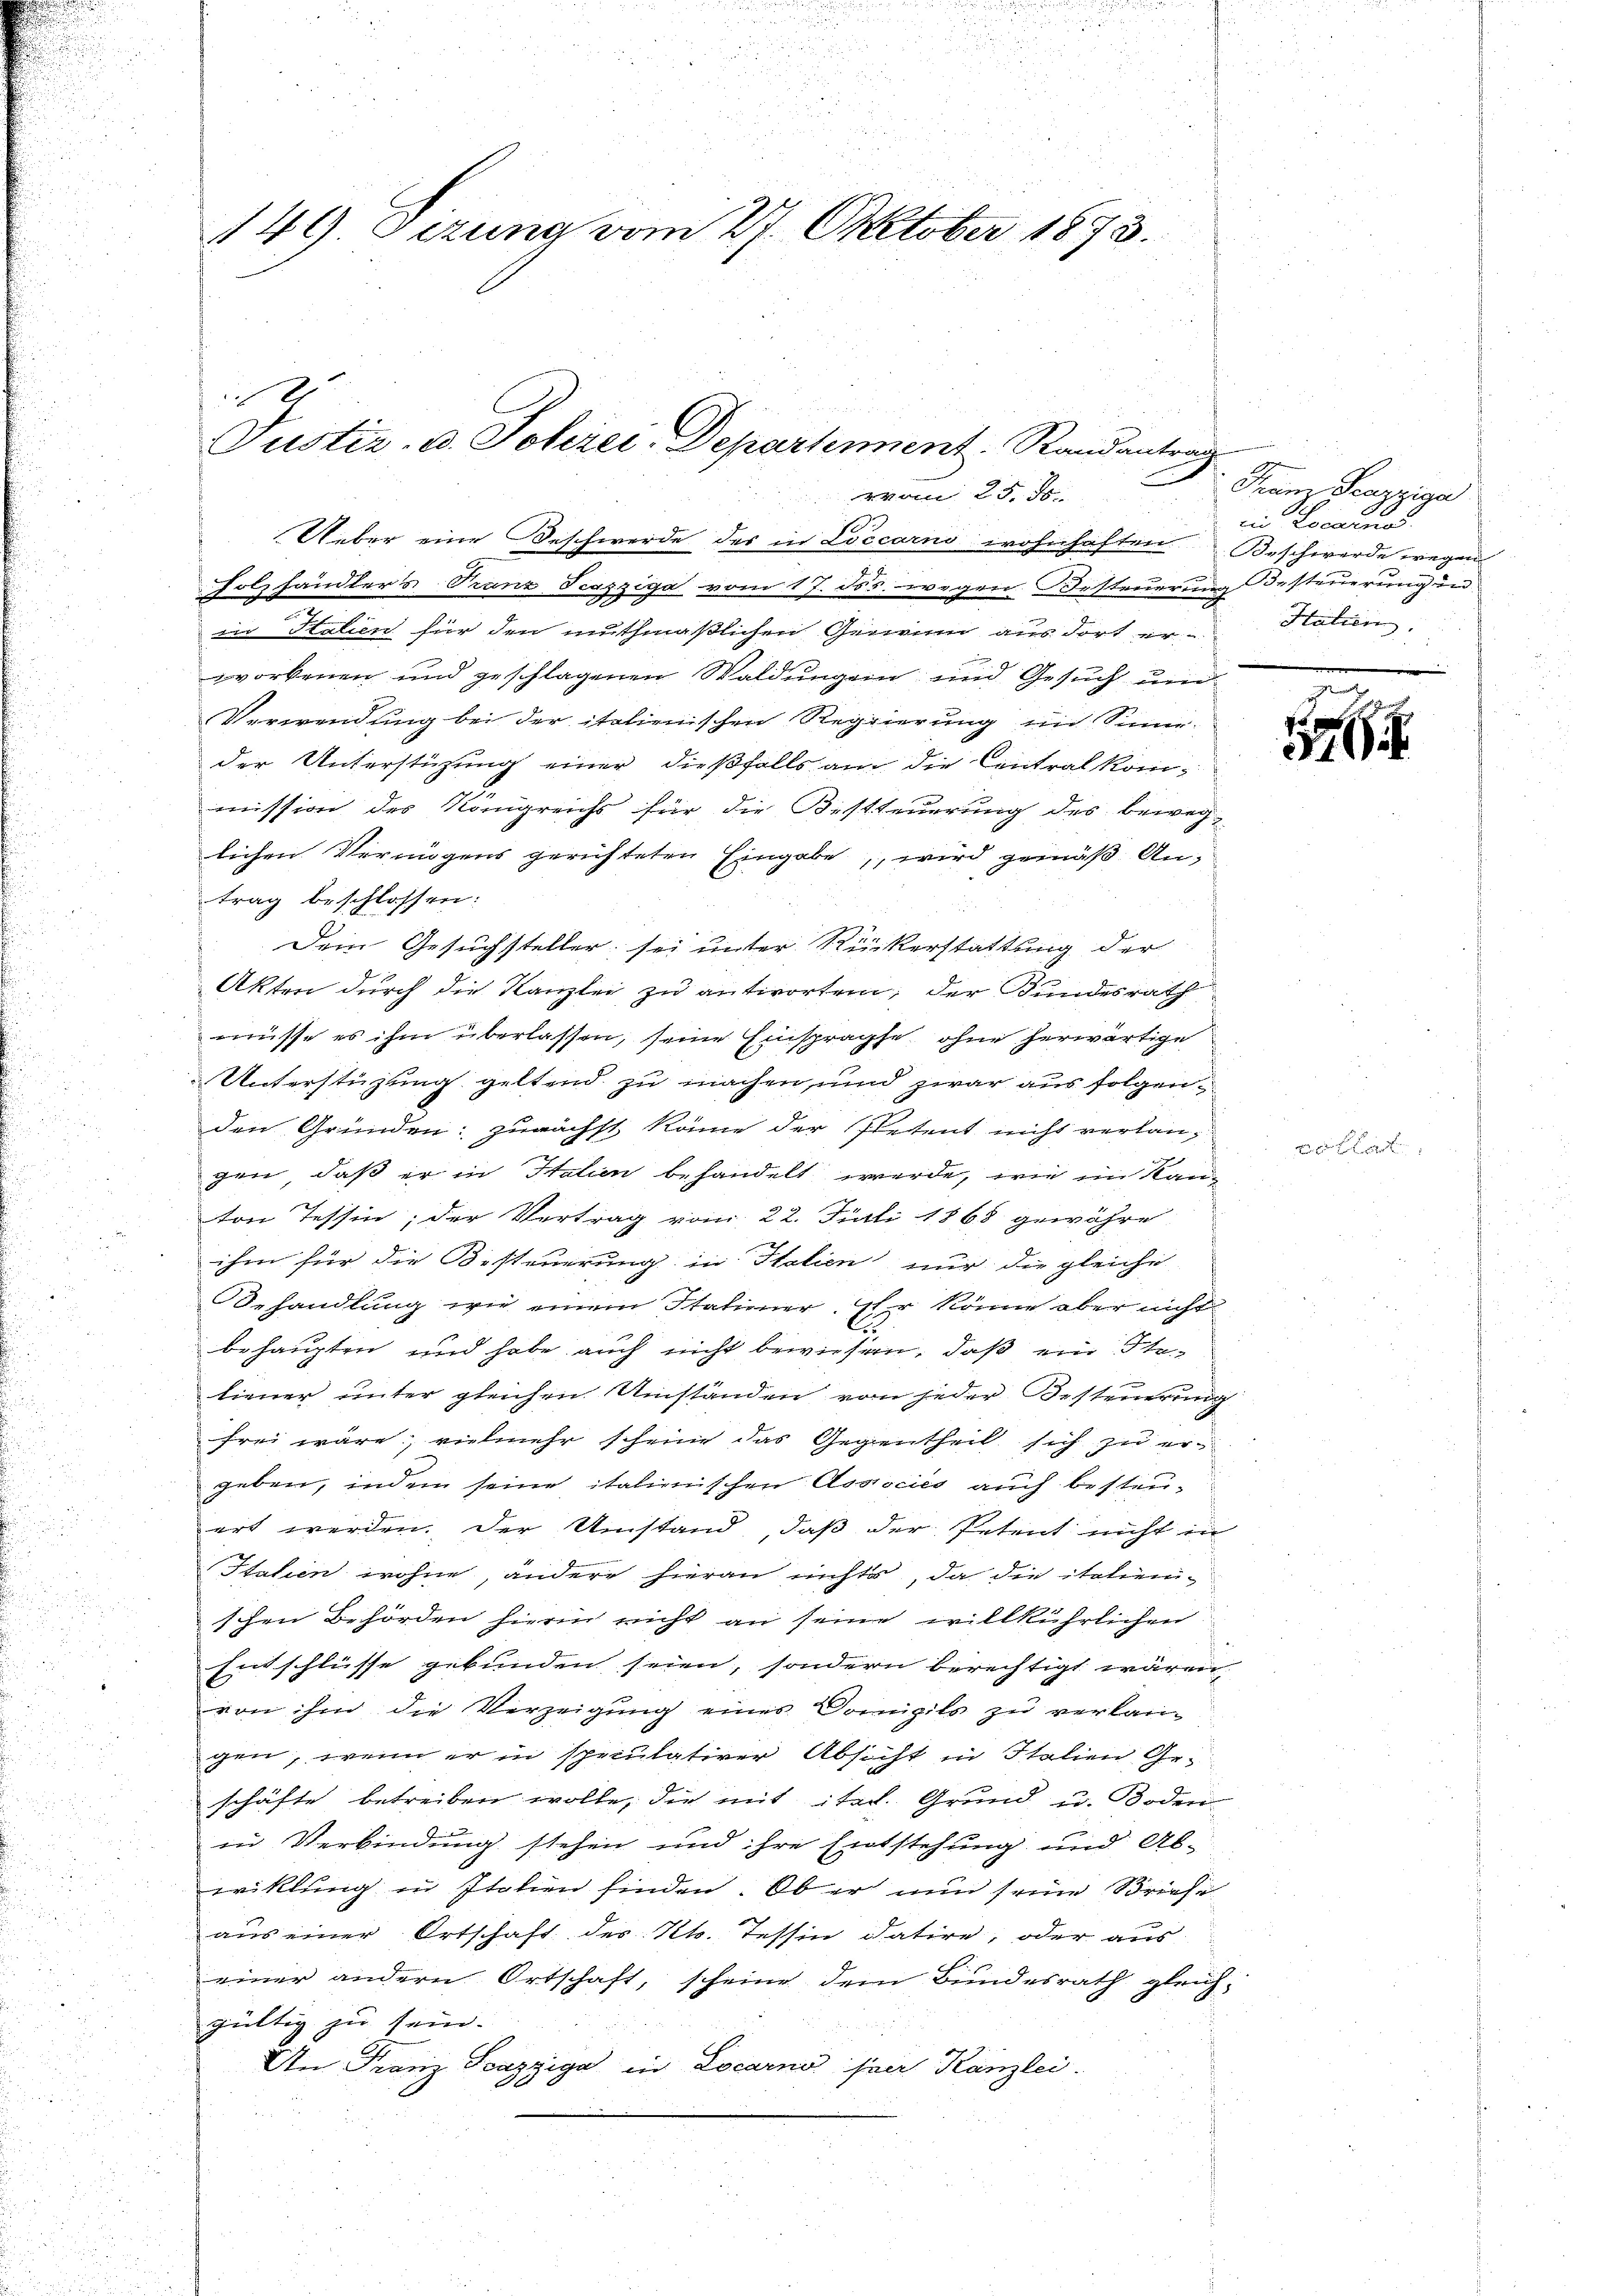
149 Sezung vom 27. October 1873.

u

Justiz- u. Schrei-Departement. Randantrag
e

vom 25. d.
Ueber eine Beschwerde des in Locarno wohnhaften Beschwerde wegen
Holzhändlers Tranz Scasziga vom 17. Jos. wegen Besteuerung Besteuerung in
in Italien für den muthmaßlichen Gewinn aus dort er-Hation.
worbenen und geschlagenen Waldungen und Gesuch und
Verwendung bei der italienischen Regierung im Sinne-
der Unterstüzung einer dießfalls am die Centralkommission des Königreichs für die Bestteuerung des beweg-
lichen Vermögens gerichteten Eingabe, wird gemäß Antrag beschlossen:
Dein Gesuchsteller, sei unter Rückerstattung der
Akten durch die Kanzlei zu antworten, der Bundesrath
müsse es ihm überlassen, seine Einsprache ohne herwärtige
Unterstützung geltend zu machen, und zwar aus folgenden Gründen: zunächst könne der Petent nicht verlangen, daß er in Italien behandelt werde, wie im Kanton Tessin; der Vertrag vom 22. Juli 1868 gewähre
ihm für die Besteuerung in Italien nur die gleiche
Behandlung wie einem Stationer. Er könne aber nicht
behaupten und habe auch nicht bewiesen, daß ein Steliener unter gleichen Umständen von jeder Besteuerung
frei wäre; vielmehr scheine das Gegentheil sich zu ergeben, indem seine italienischen Associés auch besteuert werden. Der Umstand, daß der Petent nicht in
Italien wohne, andere hieran nichts, da die italienschen Behörden hierin nicht an seine willkührlichen
Ennschlüsse gebunden seien, sondern berechtigt wären
von ihm die Verzeigung eines Domizils zu verlangen, wenn er in speculativer Absicht in Italien Geschäfte betreiben wolle, die mit ital. Grund u. Boden
in Verbindung stehen und ihre Entstehung und Ab-
wiklung in Italien finden. Ob er nun seine Briefe
aus einer Ortschaft des Kt. Tessin datire, oder aus
einer andern Ortschaft, scheine dem Bundesrath gleichgültig zu sein. |
An Franz Soazziga in Locarno per Kanzlei.

Franz Pazziga
in Locarnos.
e

1